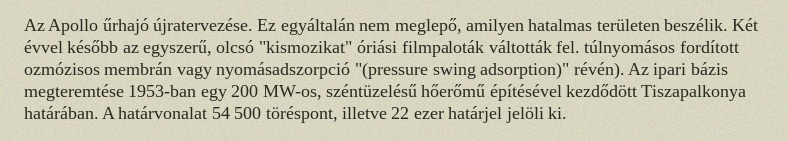
Az Apollo űrhajó újratervezése. Ez egyáltalán nem meglepő, amilyen hatalmas területen beszélik. Két évvel később az egyszerű, olcsó "kismozikat" óriási filmpaloták váltották fel. túlnyomásos fordított ozmózisos membrán vagy nyomásadszorpció "(pressure swing adsorption)" révén). Az ipari bázis megteremtése 1953-ban egy 200 MW-os, széntüzelésű hőerőmű építésével kezdődött Tiszapalkonya határában. A határvonalat 54 500 töréspont, illetve 22 ezer határjel jelöli ki.